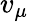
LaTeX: v_{\mu}